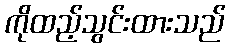
ကိုထည့်သွင်းထားသည်